Papers set at the Examination for Leaving Certificates, 1889
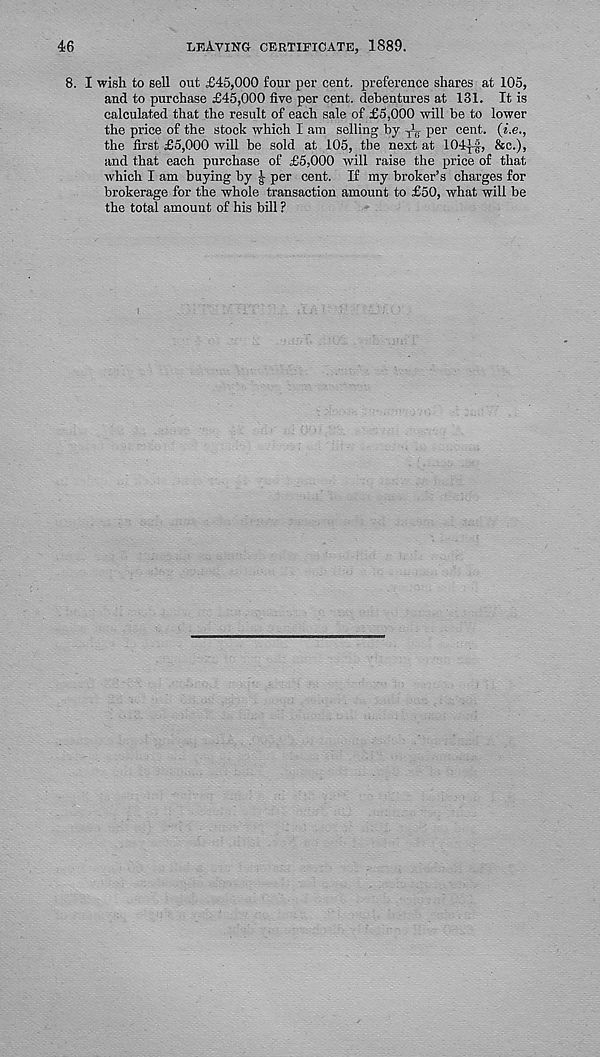
46
LEAVING- CERTIFICATE, 1889.
8. I wish to sell out £45,000 four per cent, preference shares at 105,
and to purchase £45,000 five per cent, debentures at 181. It is
calculated that the result of each sale of £5,000 will be to lower
the price of the stock which I am selling by t l per cent, (i.e.,
the first £5,000 will be sold at 105, the next at 104|-f, &c.),
and that each purchase of £5,000 will raise the price of that
which I am buying by g- per cent. If my broker’s charges for
brokerage for the whole transaction amount to £50, what will be
the total amount of his bill ?